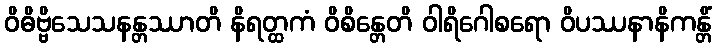
ဝိဓိဗ္ဗိသေသနန္တဿာတိ နိရတ္ထကံ ဝိစိန္တေတိ ဝါရိဂေါစရော ဝိပဿနာနိကန္တိံ